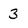
Character: 3